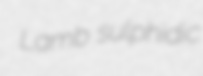
Lamb sulphidic